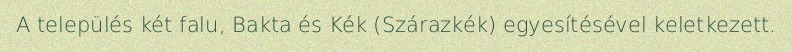
A település két falu, Bakta és Kék (Szárazkék) egyesítésével keletkezett.